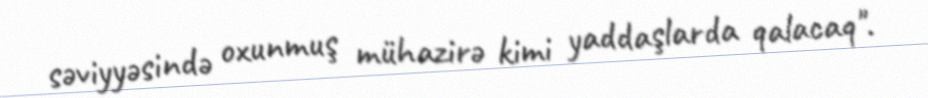
səviyyəsində oxunmuş mühazirə kimi yaddaşlarda qalacaq".